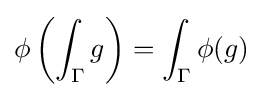
\phi \left(\int _{\Gamma }g\right)=\int _{\Gamma }\phi (g)